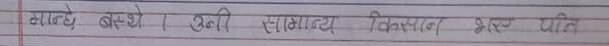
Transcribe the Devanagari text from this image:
गाउँले बस्ने । उनी सामान्य विस्नान भएर पनि